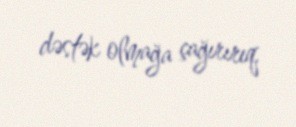
dəstək olmağa çağırırıq.